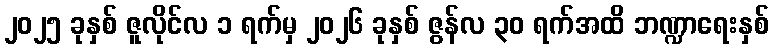
၂၀၂၅ ခုနှစ် ဇူလိုင်လ ၁ ရက်မှ ၂၀၂၆ ခုနှစ် ဇွန်လ ၃၀ ရက်အထိ ဘဏ္ဍာရေးနှစ်